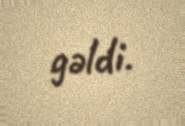
gəldi.